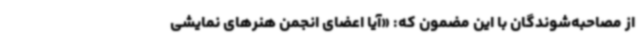
از مصاحبه‌شوندگان با این مضمون که: «آیا اعضای انجمن هنرهای نمایشی